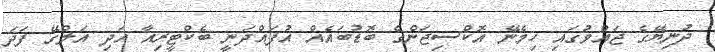
ދުނިޔޭގެ ޖައްވުގައި ހިމެނޭ އޮކްސިޖަންގެ ބޮޑުބައެއް އުފައްދަނީ ބެކްޓީރިއާ އަދި އަލްގޭ ފަދަ